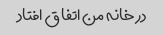
در خانه من اتفاق افتاد